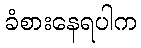
ခံစားနေရပါက